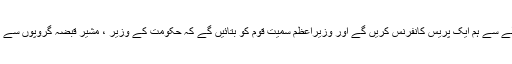
طالب عباسی نے کہا کہ اس حوالے سے ہم ایک پریس کانفرنس کریں گے اور وزیراعظم سمیت قوم کو بتائیں گے کہ حکومت کے وزیر ، مشیر قبضہ گروپوں سے ملکر کس طرح دھندکررہے ہیں۔